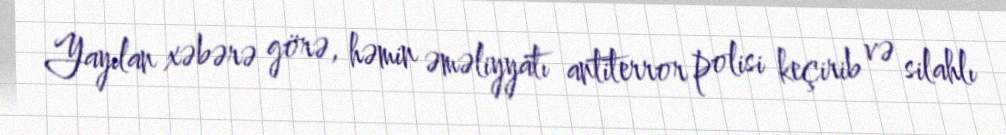
Yayılan xəbərə görə, həmin əməliyyatı antiterror polisi keçirib və silahlı